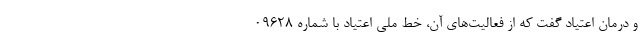
و درمان اعتیاد گفت که از فعالیت‌های آن، خط ملی اعتیاد با شماره ۰۹۶۲۸